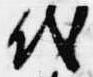
代